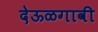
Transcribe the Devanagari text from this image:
देऊळगावी